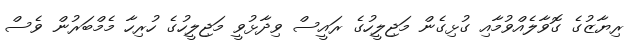
ރިޔާޒުގެ ގޮވާލެއްވުމާއި ގުޅިގެން މަޖިލީހުގެ ރައީސް ވިދާޅުވީ މަޖިލީހުގެ ހުރިހާ މެމްބަރުން ވެސް